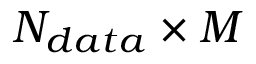
N _ { d a t a } \times M